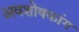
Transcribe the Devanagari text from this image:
अवशोषकांग